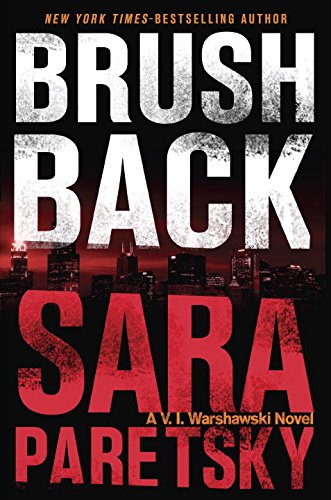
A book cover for Brush Back (A V.I. Warshawski Novel); Sara Paretsky; Mystery, Thriller & Suspense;